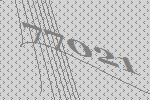
77021